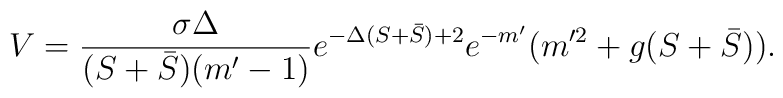
V = \frac{\sigma \Delta}{(S+\bar S)(m'-1)}e^{-\Delta (S + \bar S)+2}e^{-m'} (m'^2+g(S+\bar S))  .